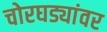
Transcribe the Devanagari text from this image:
चोरघड्यांवर